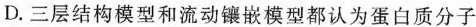
D.三层结构模型和流动镶嵌模型都认为蛋白质分子